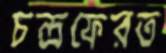
চন্দ্রফেরত